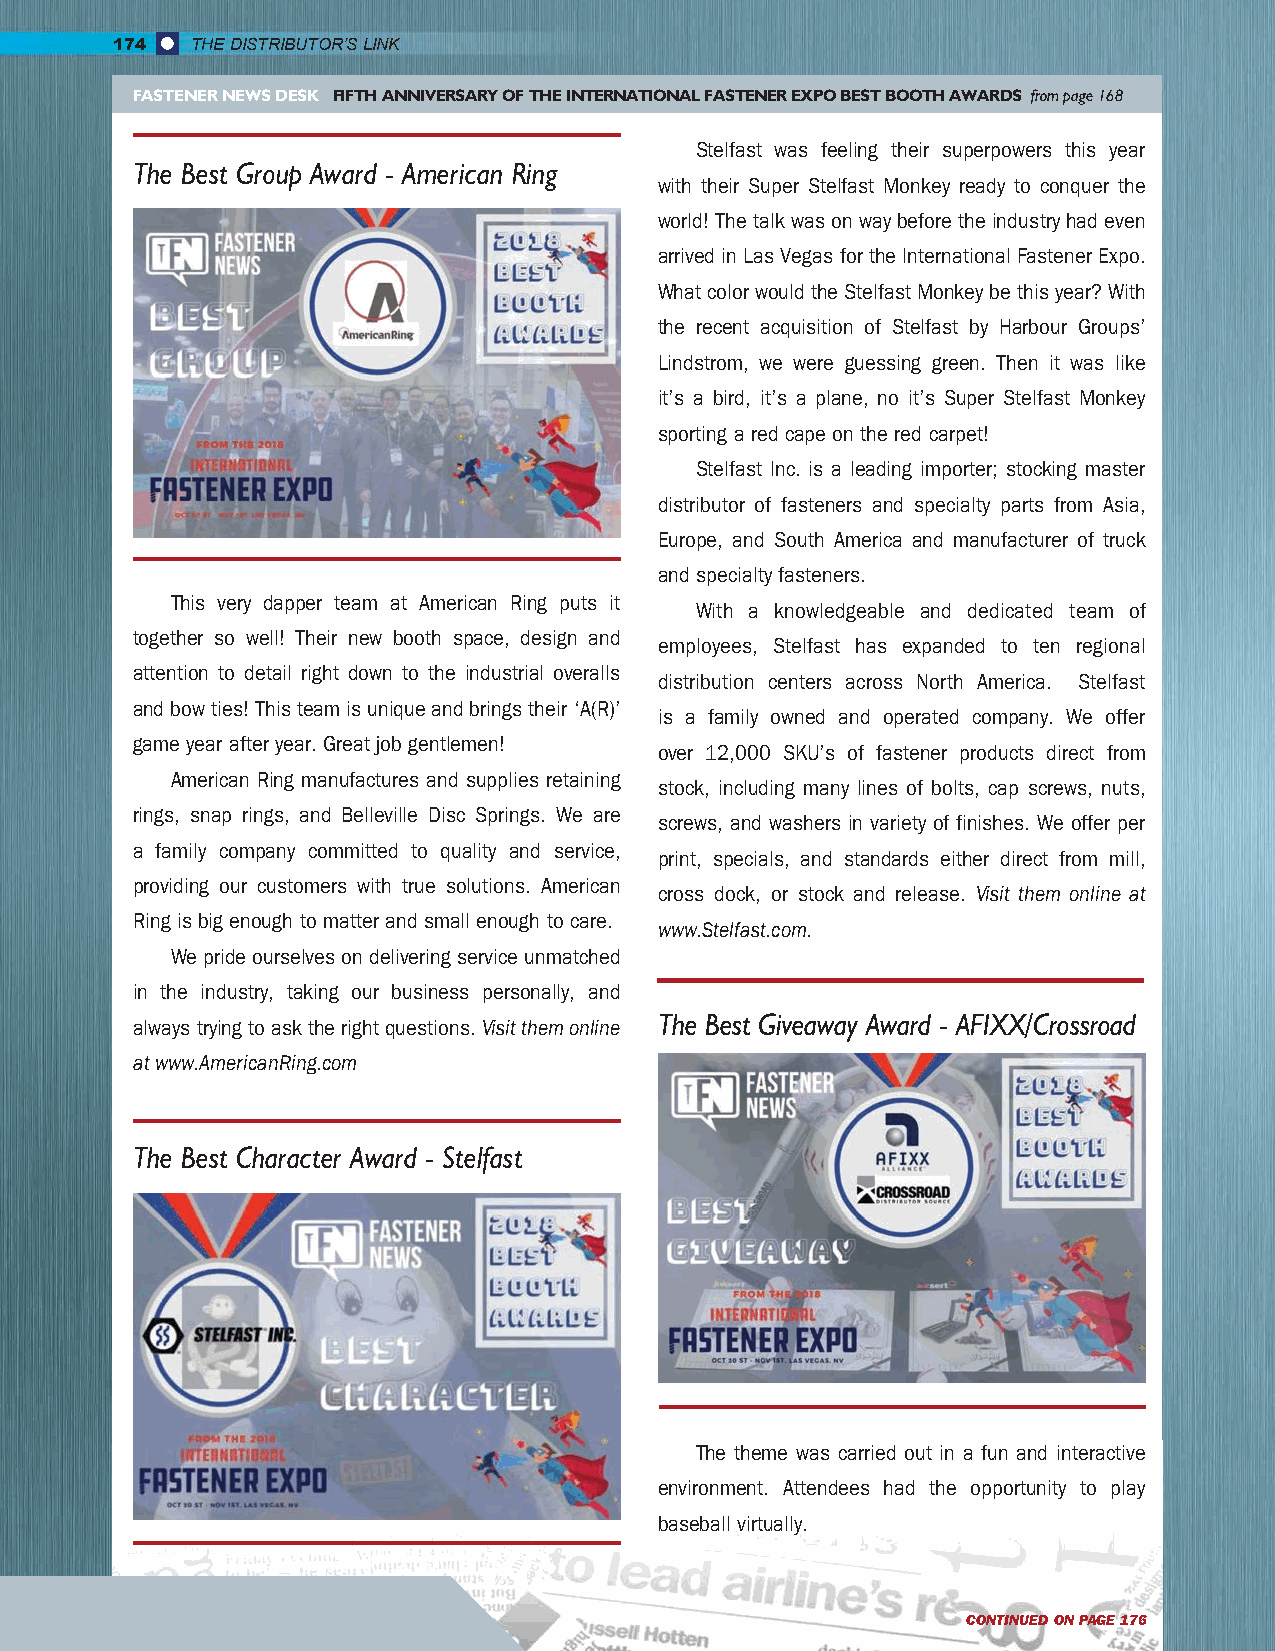
174   THE DISTRIBUTOR’S LINK
 FASTENER NEWS DESK FIFTH ANNIVERSARY OF THE INTERNATIONAL FASTENER EXPO BEST BOOTH AWARDS from page 168
 Stelfast was feeling their superpowers this year
 The Best Group Award - American Ring
 with their Super Stelfast Monkey ready to conquer the
 world! The talk was on way before the industry had even
 arrived in Las Vegas for the International Fastener Expo.
 What color would the Stelfast Monkey be this year? With
 the recent acquisition of Stelfast by Harbour Groups’
 Lindstrom, we were guessing green. Then it was like
 it’s a bird, it’s a plane, no it’s Super Stelfast Monkey
 sporting a red cape on the red carpet!
 Stelfast Inc. is a leading importer; stocking master
 distributor of fasteners and specialty parts from Asia,
 Europe, and South America and manufacturer of truck
 and specialty fasteners.
 This very dapper team at American Ring puts it
 With a knowledgeable and dedicated team of
 together so well! Their new booth space, design and
 employees, Stelfast has expanded to ten regional
 attention to detail right down to the industrial overalls
 distribution centers across North America. Stelfast
 and bow ties! This team is unique and brings their ‘A(R)’
 is a family owned and operated company. We offer
 game year after year. Great job gentlemen!
 over 12,000 SKU’s of fastener products direct from
 American Ring manufactures and supplies retaining
 stock, including many lines of bolts, cap screws, nuts,
 rings, snap rings, and Belleville Disc Springs. We are
 screws, and washers in variety of finishes. We offer per
 a family company committed to quality and service,
 print, specials, and standards either direct from mill,
 providing our customers with true solutions. American
 cross dock, or stock and release. Visit them online at
 Ring is big enough to matter and small enough to care.
 www.Stelfast.com.
 We pride ourselves on delivering service unmatched
 in the industry, taking our business personally, and
 The Best Giveaway Award - AFIXX/Crossroad
 always trying to ask the right questions. Visit them online
 at www.AmericanRing.com
 The Best Character Award - Stelfast
 The theme was carried out in a fun and interactive
 environment. Attendees had the opportunity to play
 baseball virtually.
 CONTINUED ON PAGE 176